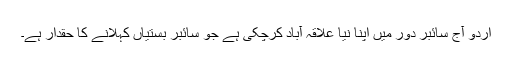
اردو آج سائبر دور میں اپنا نیا علاقہ آباد کرچکی ہے جو سائبر بستیاں کہلانے کا حقدار ہے۔